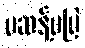
မဆန့်မပြဲ